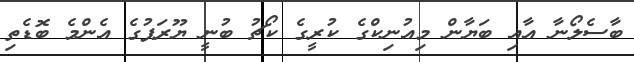
ބާސެލޯނާ އާއި ބަޔާން މިއުނިކްގެ ކުރީގެ ކޯޗު ބުނީ ޔޫރަޕުގެ އެންމެ ބޮޑެތި